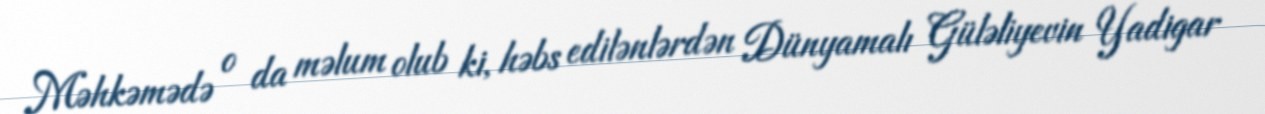
Məhkəmədə o da məlum olub ki, həbs edilənlərdən Dünyamalı Güləliyevin Yadigar